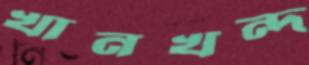
খানখন্দ